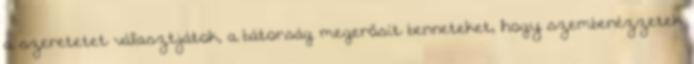
a szeretetet választjátok, a bátorság megerősít benneteket, hogy szembenézzetek